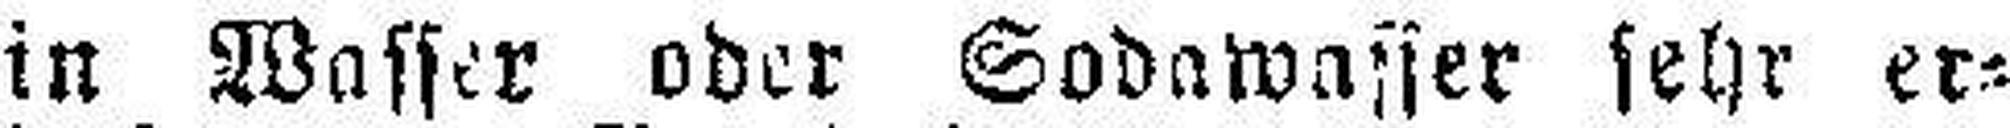
in Wasser oder Sodawasser sehr er¬